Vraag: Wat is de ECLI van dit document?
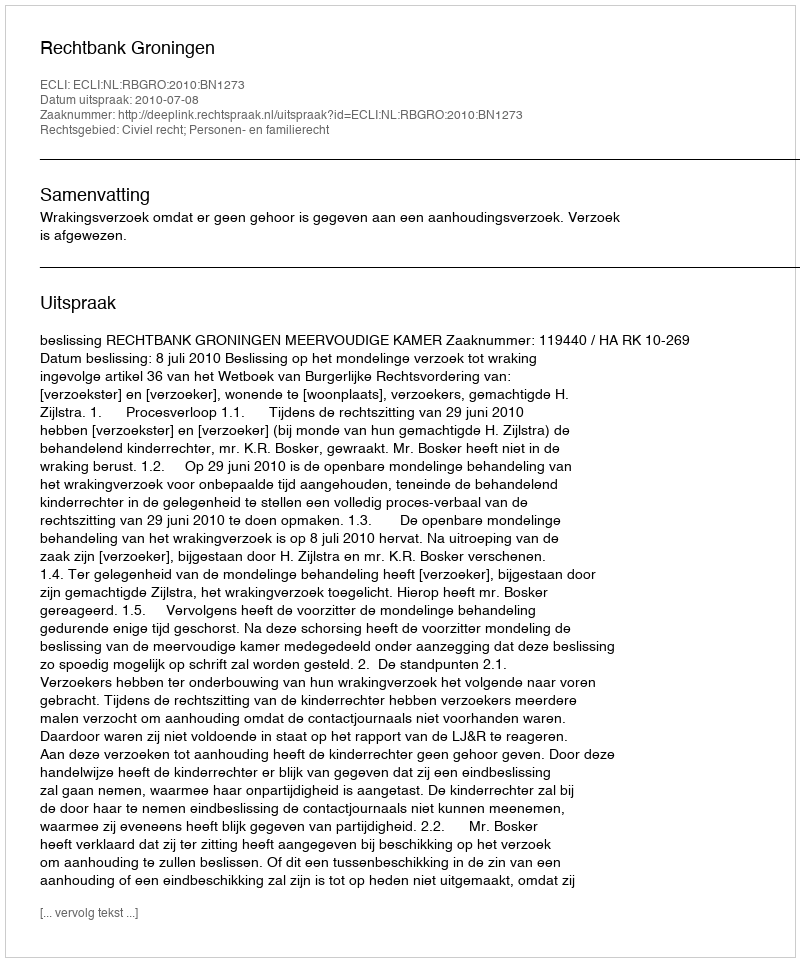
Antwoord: ECLI:NL:RBGRO:2010:BN1273